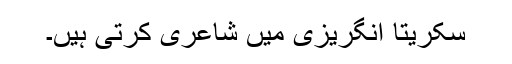
سکریتا انگریزی میں شاعری کرتی ہیں۔